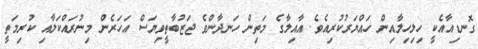
ގޮނޑިއާއެކީ ހިލިހިލާއިން ހައްޔަރުކުރިއެވެ. އާއިލާގެ މަތިން ހަނދާންވެ ޖަޒުބާތީވިޔަސް އަހަރެން މިނުރައްކަލާއި ކުރިމަތީ